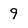
Character: 9